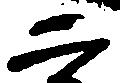
二